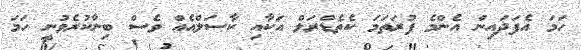
ހަމަ އެފަދައިން އެންމެ ފުރަތަމަ ކެތެޑްރަލް އަކާއި ކާސަލްއެއް ވެސް ބިނާކުރެވުނީ ހަމަ